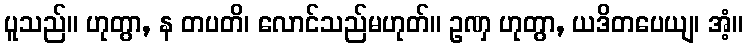
ပူသည်။ ဟုတွာ, န တပတိ၊ လောင်သည်မဟုတ်။ ဥဏှ ဟုတွာ, ယဒိတပေယျ၊ အံ့။